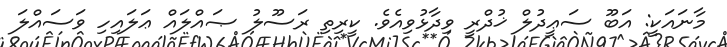
މާނައަކީ: އަބޫ ސަޢީދުލް ޚުދްރީ ވިދާޅުވިއެވެ. ކީރިތި ރަސޫލު ޞައްލައް ޢަލައިހި ވަސައްލަ